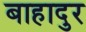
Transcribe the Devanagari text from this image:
बाहादुर